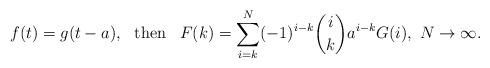
LaTeX: \begin{align*}\begin{array}{lcl} f(t) = {\displaystyle g(t-a)}, & {\rm then} & {\displaystyle F(k) = \sum_{i=k}^{N}(-1)^{i-k} \binom{i}{k} a^{i-k} G(i), \ N \rightarrow \infty.}\end{array}\end{align*}